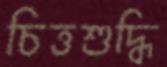
চিত্তশুদ্ধি